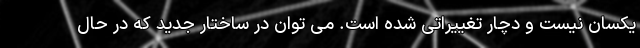
یکسان نیست و دچار تغییراتی شده است. می توان در ساختار جدید که در حال